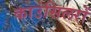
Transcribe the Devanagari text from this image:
काउंसिलरों